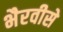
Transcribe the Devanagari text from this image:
भैरवीसे